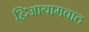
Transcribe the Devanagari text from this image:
द्विआयामवाद